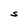
Character: S